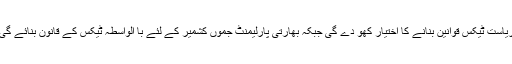
اُنہوں نے کہا کہ جی ایس ٹی کے نفاذ کی صورت میں ریاست ٹیکس قوانین بنانے کا اختیار کھو دے گی جبکہ بھارتی پارلیمنٹ جموں کشمیر کے لئے با الواسطہ ٹیکس کے قانون بنائے گی اور جی ایس ٹی کونسل ٹیکس کے ریٹ مقرر کرے گا۔